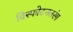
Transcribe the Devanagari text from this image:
विस्फोटनतरंग